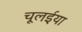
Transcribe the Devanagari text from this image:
चूलईया